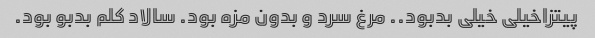
پیتزاخیلی خیلی بدبود.. مرغ سرد و بدون مزه بود. سالاد کلم بدبو بود.